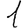
Digit: 1